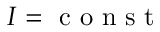
I = \mathrm { ~ c ~ o ~ n ~ s ~ t ~ }